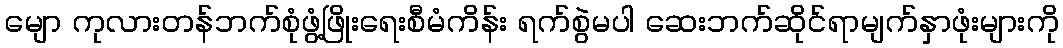
မျော ကုလားတန်ဘက်စုံဖွံ့ဖြိုးရေးစီမံကိန်း ရက်စွဲမပါ ဆေးဘက်ဆိုင်ရာမျက်နှာဖုံးများကို